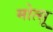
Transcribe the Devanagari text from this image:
मोत्सू